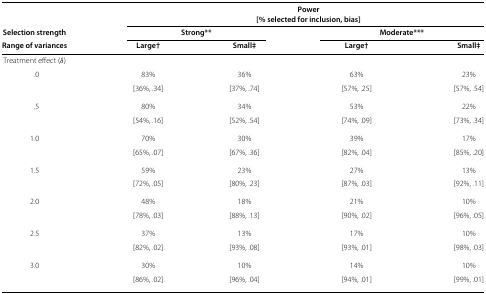
<table><thead><tr><td></td><td colspan="4"><b>Power</b></td></tr><tr><td></td><td colspan="4"><b>[% selected for inclusion, bias]</b></td></tr><tr><td><b>Selection strength</b></td><td colspan="2"><b>Strong**</b></td><td colspan="2"><b>Moderate***</b></td></tr><tr><td><b>Range of variances</b></td><td><b>Large†</b></td><td><b>Small‡</b></td><td><b>Large†</b></td><td><b>Small‡</b></td></tr></thead><tbody><tr><td>Treatment effect (<i>δ</i>)</td><td></td><td></td><td></td><td></td></tr><tr><td>.0</td><td>83%</td><td>36%</td><td>63%</td><td>23%</td></tr><tr><td></td><td>[36%,.34]</td><td>[37%,.74]</td><td>[57%,.25]</td><td>[57%,.54]</td></tr><tr><td>.5</td><td>80%</td><td>34%</td><td>53%</td><td>22%</td></tr><tr><td></td><td>[54%,.16]</td><td>[52%,.54]</td><td>[74%,.09]</td><td>[73%,.34]</td></tr><tr><td>1.0</td><td>70%</td><td>30%</td><td>39%</td><td>17%</td></tr><tr><td></td><td>[65%,.07]</td><td>[67%,.36]</td><td>[82%,.04]</td><td>[85%,.20]</td></tr><tr><td>1.5</td><td>59%</td><td>23%</td><td>27%</td><td>13%</td></tr><tr><td></td><td>[72%,.05]</td><td>[80%,.23]</td><td>[87%,.03]</td><td>[92%,.11]</td></tr><tr><td>2.0</td><td>48%</td><td>18%</td><td>21%</td><td>10%</td></tr><tr><td></td><td>[78%,.03]</td><td>[88%,.13]</td><td>[90%,.02]</td><td>[96%,.05]</td></tr><tr><td>2.5</td><td>37%</td><td>13%</td><td>17%</td><td>10%</td></tr><tr><td></td><td>[82%,.02]</td><td>[93%,.08]</td><td>[93%,.01]</td><td>[98%,.03]</td></tr><tr><td>3.0</td><td>30%</td><td>10%</td><td>14%</td><td>10%</td></tr><tr><td></td><td>[86%,.02]</td><td>[96%,.04]</td><td>[94%,.01]</td><td>[99%,.01]</td></tr></tbody></table>